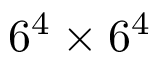
6 ^ { 4 } \times 6 ^ { 4 }